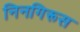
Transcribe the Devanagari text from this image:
निनगिरूस